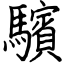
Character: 驞